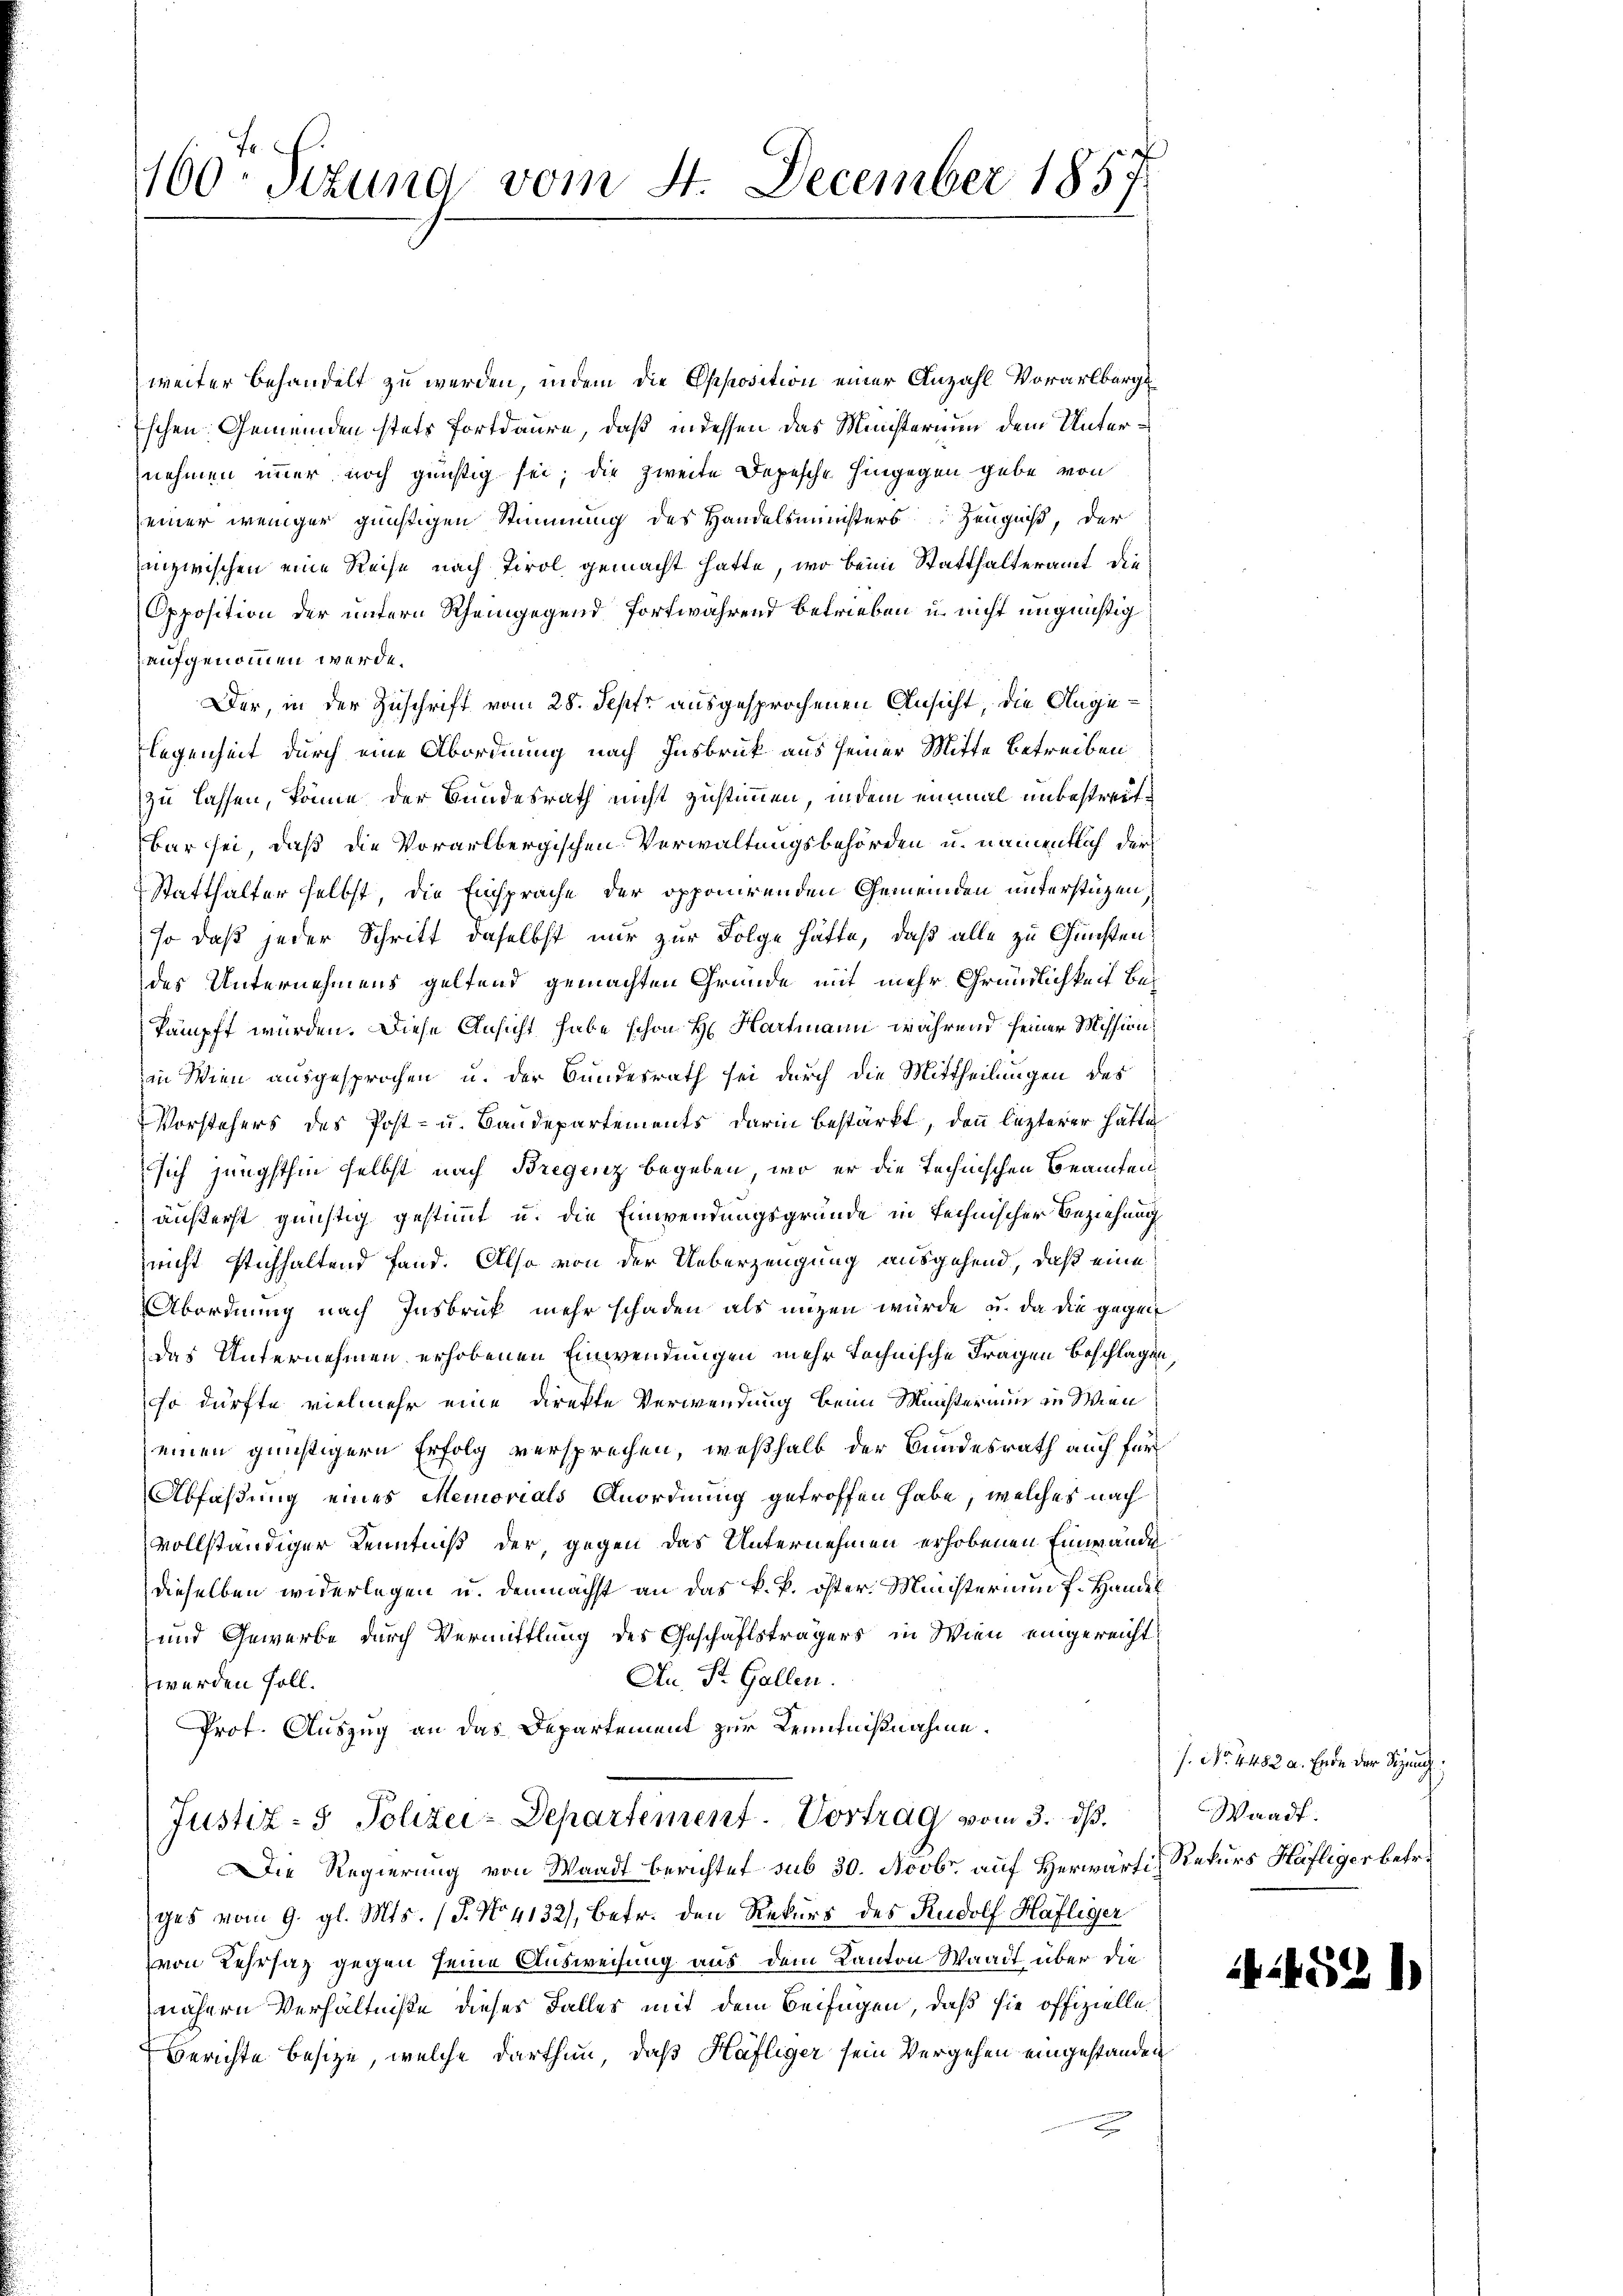
160. Sizung vom 4. December 1857

weiter behandelt zu werden, indem die Opposition einer Anzahl Vorarlberg
schen: Gemeinden stets fortdaure, daß indessen das Ministerium dem Unternehmen immer noch günstig sei; die zweite Depesche hingegen gebe von
einer weniger günstigen Stimmung des Handelsministers Zeugniß, der
inzwischen eine Reise nach Tirol gemacht hatte, wo beim Statthalteramt die
Opposition der untern Rheingegend fortwährend betrieben u. nicht ungünstig
aufgenommen werde.
Der, in der Zuschrift vom 28. Sept ausgesprochenen Ansicht, die Ange¬
Flegenheit durch eine Abordnung nach Insbruck aus seiner Mitte betreiben
zu lassen, könne der Bundesrath nicht zustimmen, indem einmal unbestreitbar sei, daß die Vorarlbergischen Verwaltungsbehörden u. namentlich der
Statthalter selbst, die Einsprache der opponirenden Gemeinden unterstüzen,
so daß jeder Schritt daselbst nur zur Folge hätte, daß alle zu Gunsten:
des Unternehmens geltend gemachten Gründe mit mehr Gründlichkeit bekämpft würden. Diese Ansicht habe schon H. Hartmann während seiner Mission
in Wien ausgesprochen u. der Bundesrath sei durch die Mittheilungen des
Vorstehers des Post- u. Baudepartements darin bestärkt, denn lezterer hätte
sich jüngsthin selbst nach Bregenz begeben, wo er die Technischen Beamten
äußerst günstig gestimmt u. die Einwendungsgründe in technischer Beziehung
nicht stichhaltend fand. Also von der Ueberzeugung ausgehend, daß eine
Abordnung nach Insbruck mehr schaden als mögen würde, u. da die gegen
Das Unternehmen erhobenen Einwendungen mehr technische Fragen Beschlagen,
so dürfte vielmehr eine direkte Verwendung beim Meister nun in Wien
einen günstigern Erfolg versprechen, weßhalb der Bundesrath auch für
Abfaßung eines Memorials Anordnung getroffen habe, welches nach
vollständiger Kenntniß der, gegen das Unternehmen erhobenen Einwande
dieselben widerlegen u. demnächst an das k. k. öster Ministerium f. Handel
und Gewerbe durch Vermittlung des Geschäftsträgers in Wien eingereicht
Au. St. Gallen.
werden soll.
Prot. Auszug an das Departement zur Kenntnißnahme.
Justiz- & Polizei-Departement. Vortrag vom 3. dß.
Die Regierung von Waadt berichtet sub 30. Novbr. auf Herwärti, Rekurs Häfliger betr.
ges vom 9. gl. Mts. (T. No. 4132/, betr. den Rekurs des Rudolf Häfliger
von Kehrsaz gegen seine Ausweisung aus dem Kanton Waadt über die
nähern Verhältniße dieses Falles mit dem Beifügen, daß sie offizielle
Berichte besize, welche darthun, daß Häfliger sein Vergehen eingestanden
2

s. No. 4482 a. Ende der Sitzung.
Waadt.

4531)